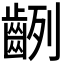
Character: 𪗿